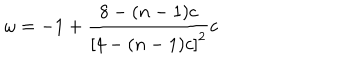
LaTeX: \omega = - 1 + \frac { 8 - ( n - 1 ) c } { \left[ 4 - ( n - 1 ) c \right] ^ { 2 } } c